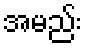
အမည်း